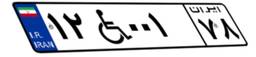
۱۲W۰۰۱۷۸